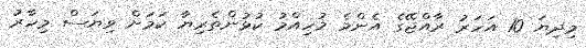
މިދިޔަ 10 އަހަރު ރާއްޖޭގެ އެންމެ މުހިއްމު ކުޅުންތެރިޔާ ކަމަށް ވިޔަސް މިހާރު